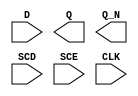
module sky130_fd_sc_hdll__sdfxbp (
    //# {{data|Data Signals}}
    input  D  ,
    output Q  ,
    output Q_N,

    //# {{scanchain|Scan Chain}}
    input  SCD,
    input  SCE,

    //# {{clocks|Clocking}}
    input  CLK
);

    // Voltage supply signals
    supply1 VPWR;
    supply0 VGND;
    supply1 VPB ;
    supply0 VNB ;

endmodule